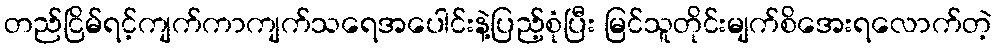
တည်ငြိမ်ရင့်ကျက်ကာကျက်သရေအပေါင်းနဲ့ပြည့်စုံပြီး မြင်သူတိုင်းမျက်စိအေးရလောက်တဲ့